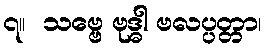
၇။  သဗ္ဗေ ဗုဒ္ဓါ ဗလပ္ပတ္တာ၊